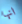
انها